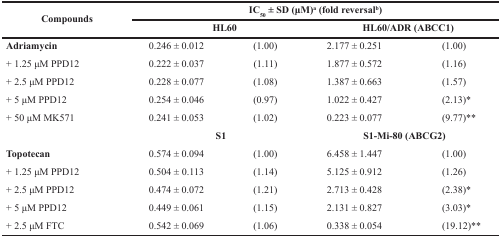
<table><thead><tr><td rowspan="2"><b>Compounds</b></td><td colspan="4"><b>IC<sub>50</sub> ± SD (μM)<sup>a</sup> (fold reversal<sup>b</sup>)</b></td></tr><tr><td colspan="2"><b>HL60</b></td><td colspan="2"><b>HL60/ADR (ABCC1)</b></td></tr></thead><tbody><tr><td><b>Adriamycin</b></td><td>0.246 ± 0.012</td><td>(1.00)</td><td>2.177 ± 0.251</td><td>(1.00)</td></tr><tr><td>+ 1.25 μM PPD12</td><td>0.222 ± 0.037</td><td>(1.11)</td><td>1.877 ± 0.572</td><td>(1.16)</td></tr><tr><td>+ 2.5 μM PPD12</td><td>0.228 ± 0.077</td><td>(1.08)</td><td>1.387 ± 0.663</td><td>(1.57)</td></tr><tr><td>+ 5 μM PPD12</td><td>0.254 ± 0.046</td><td>(0.97)</td><td>1.022 ± 0.427</td><td>(2.13)*</td></tr><tr><td>+ 50 μM MK571</td><td>0.241 ± 0.053</td><td>(1.02)</td><td>0.223 ± 0.077</td><td>(9.77)**</td></tr><tr><td></td><td colspan="2"><b>S1</b></td><td colspan="2"><b>S1-Mi-80 (ABCG2)</b></td></tr><tr><td><b>Topotecan</b></td><td>0.574 ± 0.094</td><td>(1.00)</td><td>6.458 ± 1.447</td><td>(1.00)</td></tr><tr><td>+ 1.25 μM PPD12</td><td>0.504 ± 0.113</td><td>(1.14)</td><td>5.125 ± 0.912</td><td>(1.26)</td></tr><tr><td>+ 2.5 μM PPD12</td><td>0.474 ± 0.072</td><td>(1.21)</td><td>2.713 ± 0.428</td><td>(2.38)*</td></tr><tr><td>+ 5 μM PPD12</td><td>0.449 ± 0.061</td><td>(1.15)</td><td>2.131 ± 0.827</td><td>(3.03)*</td></tr><tr><td>+ 2.5 μM FTC</td><td>0.542 ± 0.069</td><td>(1.06)</td><td>0.338 ± 0.054</td><td>(19.12)**</td></tr></tbody></table>